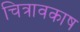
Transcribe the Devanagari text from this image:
चित्रावकाष